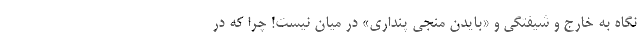
نگاه به خارج و شیفتگی و «بایدن منجی پنداری» در میان نیست! چرا که در